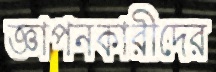
জ্ঞাপনকারীদের